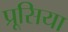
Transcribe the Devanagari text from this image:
प्रूसिया